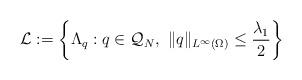
LaTeX: \begin{align*}\mathcal{L}:=\left\{\Lambda_{q}: q \in \mathcal{Q}_N, \ \|q\|_{L^{\infty}(\Omega)} \leq \frac{\lambda_1}{2} \right\}\end{align*}